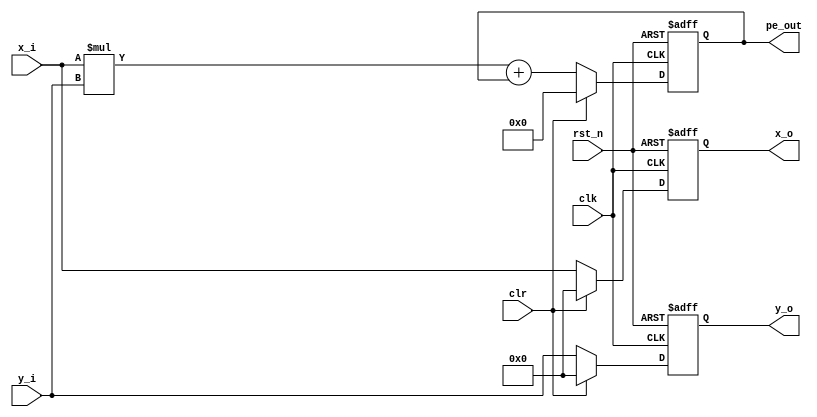
//pe

module pe#(
parameter DW = 8
)(
input clk,
input rst_n,
input clr,
input signed[DW-1:0] x_i,y_i,

output signed[DW-1:0] x_o,y_o,
output signed[2*DW:0] pe_out

);

reg signed[DW-1:0] x_reg,y_reg;
reg signed[2*DW:0] pe_reg;

wire signed[2*DW-1:0] x_mul_y = x_i * y_i ;


wire signed[2*DW:0] pe_t = x_mul_y + pe_reg;

always @(posedge clk , negedge rst_n )
	begin
		if (!rst_n) begin
			pe_reg <= 0;
			x_reg <= 0;
			y_reg <= 0;
			end
			else if (clr) begin
				pe_reg <= 0;
				x_reg <= 0;
				y_reg <= 0;
				end 
				else begin
					pe_reg <= pe_t;
					x_reg <= x_i;
					y_reg <= y_i;
					end
	end



assign x_o = x_reg;
assign y_o = y_reg;
assign pe_out = pe_reg;

endmodule